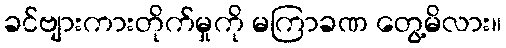
ခင်ဗျားကားတိုက်မှုကို မကြာခဏ တွေ့မိလား။